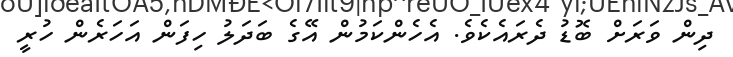
ދިން ވަރަށް ބޮޑު ދެރައެކެވެ. އެހެންކަމުން އޭގެ ބަދަލު ހިފަން އަހަރެން ހުރީ